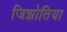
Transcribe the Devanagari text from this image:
जिझोतिया